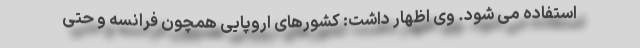
استفاده می شود. وی اظهار داشت: کشورهای اروپایی همچون فرانسه و حتی